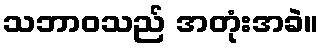
သဘာဝသည် အတုံးအခဲ။